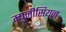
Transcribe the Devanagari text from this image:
म्युजीसियन